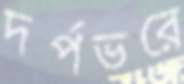
দর্পভরে